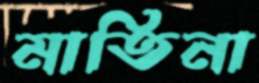
মাতিনা